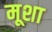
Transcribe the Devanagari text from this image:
मूशा